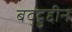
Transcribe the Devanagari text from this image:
बद्द्रुद्दीन